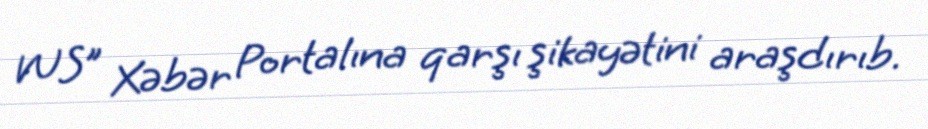
WS” Xəbər Portalına qarşı şikayətini araşdırıb.